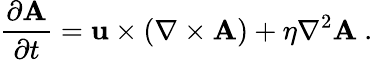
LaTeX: \frac{\partial\mathbf{A}}{\partial t}=\mathbf{u}\times(\nabla\times\mathbf{A})+\eta\nabla^{2}\mathbf{A}~.